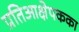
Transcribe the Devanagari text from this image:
प्रतिआक्षेपकका